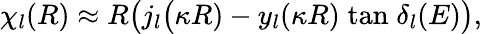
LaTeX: \chi_{l}(R)\approx R\big(j_{l}\big(\kappa R)-y_{l}(\kappa R)\; \mathrm{tan}\; \delta_{l}(E)\big),